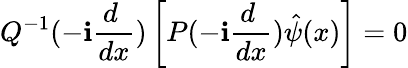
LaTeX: Q^{-1}(-\mathbf{i}\frac{{d~}}{{dx}})\left[P(-\mathbf{i}\frac{{d~}}{{dx}})\hat{{\psi}}(x)\right]=0